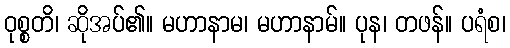
ဝုစ္စတိ၊ ဆိုအပ်၏။ မဟာနာမ၊ မဟာနာမ်။ ပုန၊ တဖန်။ ပရံစ၊